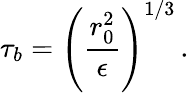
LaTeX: \tau_{b}=\left(\frac{r_{0}^{2}}{\epsilon}\right)^{1/3}\, .